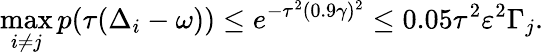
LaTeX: \operatorname*{max}_{i\neq j}p(\tau(\Delta_{i}-\omega))\leq e^{-\tau^{2}(0.9\gamma)^{2}}\leq 0.05\tau^{2}\varepsilon^{2}\Gamma_{j}.